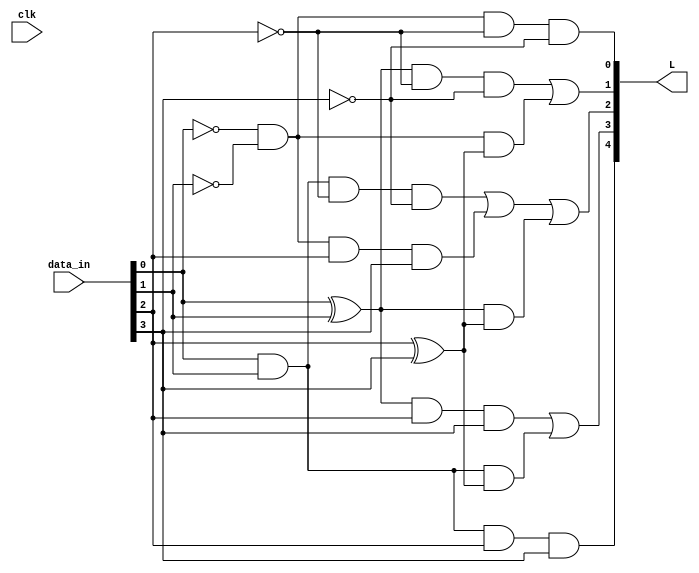
module fcn5b(
    input clk, 
    input [4:0] data_in,
    output [4:0] L
	);
	// A is the lowest order bit
	wire A,B,C,D,E;
	assign {E,D,C,B,A} = data_in;
	
	// Bit encoding for 5B/6B Classifications
	// It counts the number of 1s and 0s in ABCD
	// L40 means Four 1s and No 0s 
	wire L40, L31, L22, L13, L04; 
	assign L40 = A & B & C & D;                        // A=B=C=D=1
	assign L04 = ~A & ~B & ~C & ~D; 	               // A=B=C=D=0 
	assign L13 = ((A^B) & ~C & ~D) | 
	             (~A & ~B & (C^D));                    // A and B diff, C=D=0 OR A=B=0, C and D diff
	assign L31 = ((A^B) & C & D) | (A & B & (C^D));    // A and B diff, C=D=1 OR A=B=1, C and D diff
	assign L22 = A & B & ~C & ~D |
		         ~A & ~B & C & D |			           // A=B=1,C=D=0 OR A=B=0,C=D=1		
		         (A^B) & (C^D);                        // A,B diff, C,D diff, so 2 1s and 2 0s 
	assign L = {L40, L31, L22, L13, L04}; 
endmodule